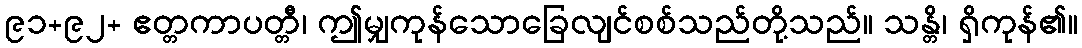
၉၁+၉၂+ ဧတ္တကာပတ္တီ၊ ဤမျှကုန်သောခြေလျင်စစ်သည်တို့သည်။ သန္တိ၊ ရှိကုန်၏။